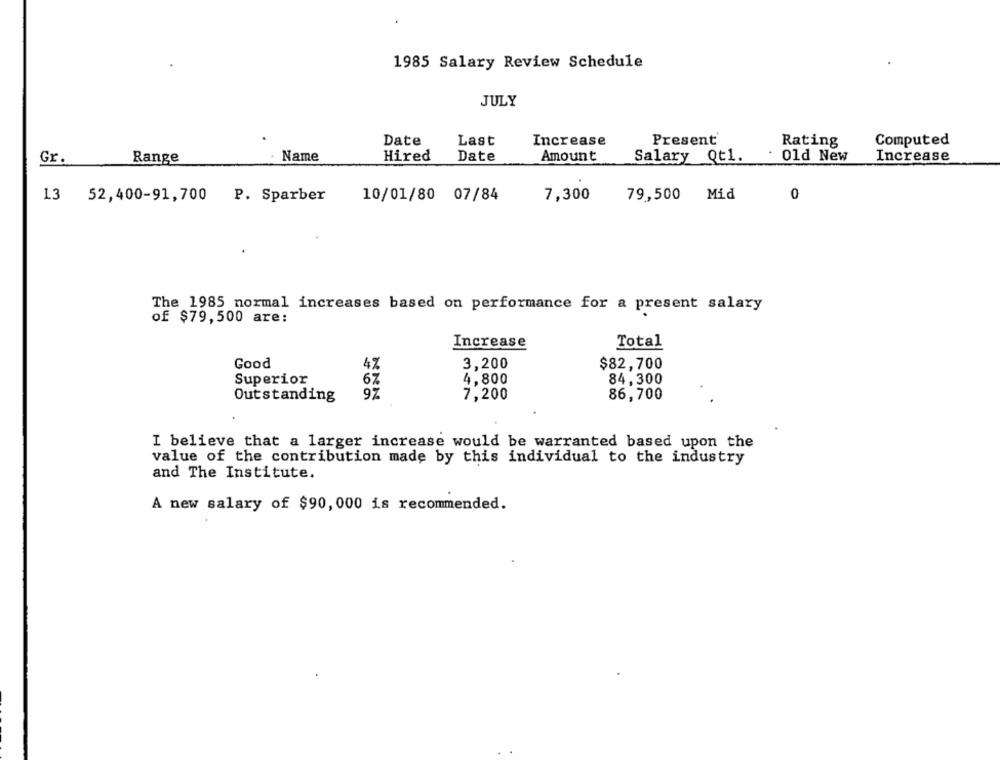
1985 Salary Review Schedule
JULY
Date
Last
Increase
Present
Rating
Computed
Gr.
Range
Name
Hired
Date
Amount
Salary Qt1.
. 01d New
Increase
13
52, 400-91, 700 P. Sparber
10/01/80 07/84
7,300
79,500
Mid
0
The 1985 normal increases based on performance for a present salary
of $79,500 are:
Increase
Total
Good
4%
3,200
$82,700
Superior
67
4,800
84,300
97
7,200
Outstanding
86,700
I believe that a larger increase would be warranted based upon the
value of the contribution made by this individual to the industry
and The Institute.
A new salary of $90, 000 is recommended.